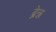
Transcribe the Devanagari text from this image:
ब्रेन्न